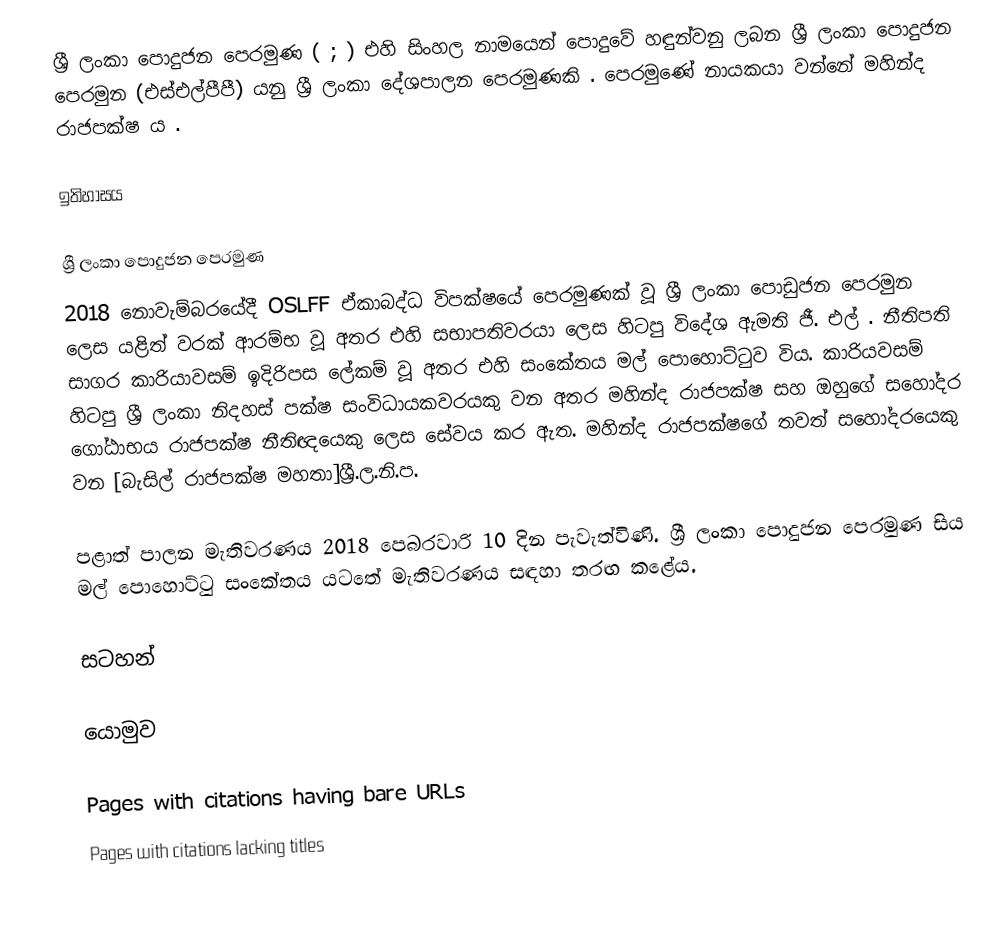
ශ්‍රී ලංකා පොදුජන පෙරමුණ ( ; ) එහි සිංහල නාමයෙන් පොදුවේ හඳුන්වනු ලබන ශ්‍රී ලංකා පොදුජන පෙරමුන (එස්එල්පීපී) යනු ශ්‍රී ලංකා දේශපාලන පෙරමුණකි . පෙරමුණේ නායකයා වන්නේ මහින්ද රාජපක්ෂ ය .

ඉතිහාසය

ශ්‍රී ලංකා පොදුජන පෙරමුණ
2018 නොවැම්බරයේදී OSLFF ඒකාබද්ධ විපක්ෂයේ පෙරමුණක් වූ ශ්‍රී ලංකා පොඩුජන පෙරමුන ලෙස යළිත් වරක් ආරම්භ වූ අතර එහි සභාපතිවරයා ලෙස හිටපු විදේශ ඇමති ජී. එල් .   නීතිපති සාගර කාරියාවසම් ඉදිරිපස ලේකම් වූ අතර එහි සංකේතය මල් පොහොට්ටුව විය.   කාරියවසම් හිටපු ශ්‍රී ලංකා නිදහස් පක්ෂ සංවිධායකවරයකු වන අතර මහින්ද රාජපක්ෂ සහ ඔහුගේ සහෝදර ගෝඨාභය රාජපක්ෂ නීතිඥයෙකු ලෙස සේවය කර ඇත.    මහින්ද රාජපක්ෂගේ තවත් සහෝදරයෙකු වන [බැසිල් රාජපක්ෂ මහතා]ශ්‍රී.ල.නි.ප.

පළාත් පාලන මැතිවරණය 2018 පෙබරවාරි 10 දින පැවැත්විණි. ශ්‍රී ලංකා පොදුජන පෙරමුණ සිය මල් පොහොට්ටු සංකේතය යටතේ මැතිවරණය සඳහා තරඟ කළේය.

සටහන්

යොමුව

Pages with citations having bare URLs
Pages with citations lacking titles